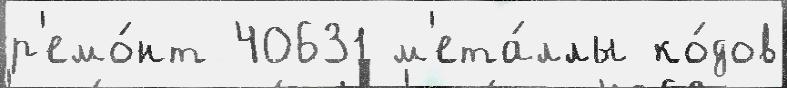
р'емо́нт 40631 м'ета́ллы ко́дов